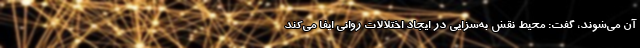
آن می‌شوند، گفت: محیط نقش به‌سزایی در ایجاد اختلالات روانی ایفا می‌کند